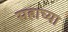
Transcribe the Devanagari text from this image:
सहाच्या